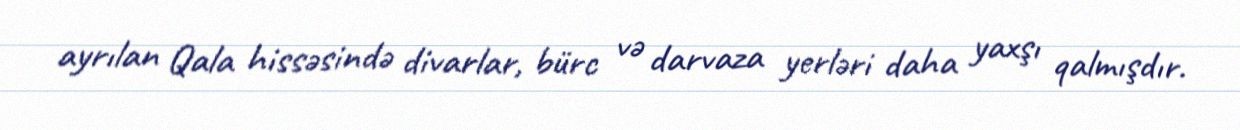
ayrılan Qala hissəsində divarlar, bürc və darvaza yerləri daha yaxşı qalmışdır.